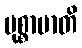
မုစ္စာမာတိ